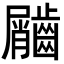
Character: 𪙌